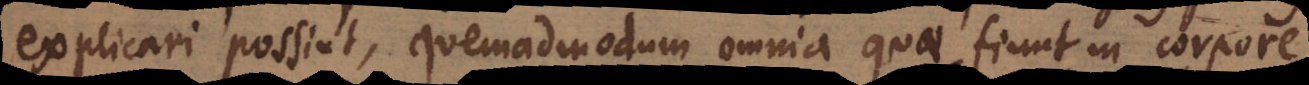
explicari possint, quemadmodum omnia quae fiunt in corpore